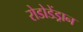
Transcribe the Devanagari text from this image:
रोडोडेंड्रान